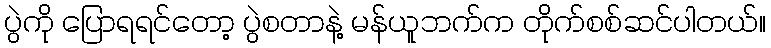
ပွဲကို ပြောရရင်တော့ ပွဲစတာနဲ့ မန်ယူဘက်က တိုက်စစ်ဆင်ပါတယ်။